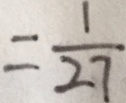
= \frac { 1 } { 2 7 }